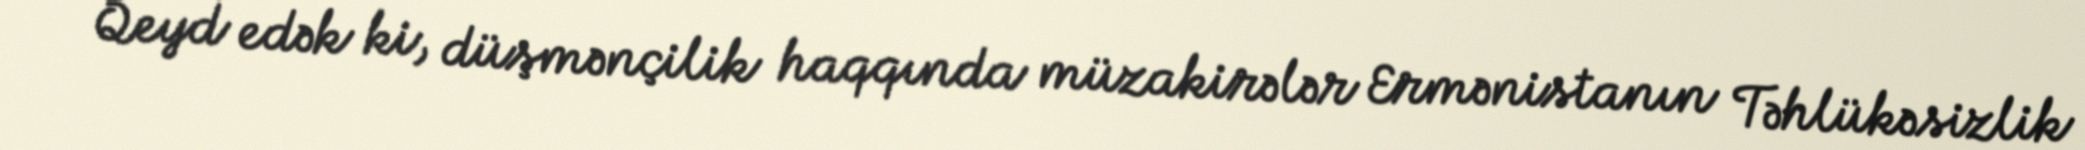
Qeyd edək ki, düşmənçilik haqqında müzakirələr Ermənistanın Təhlükəsizlik